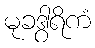
မုခဒွါရိကံ